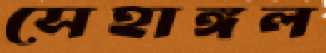
সেহাঙ্গল